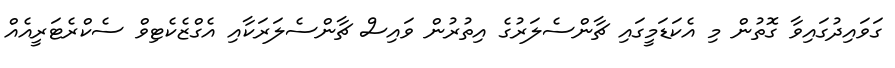
ގަވައިދުގައިވާ ގޮތުން މި އެކަޑަމީގައި ޗާންސެލަރުގެ އިތުރުން ވައިސް ޗާންސެލަރަކާއި އެގްޒެކެޓިވް ސެކްރެޓަރީއެއް